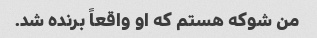
من شوکه هستم که او واقعاً برنده شد.